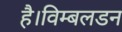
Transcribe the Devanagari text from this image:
है।विम्बलडन